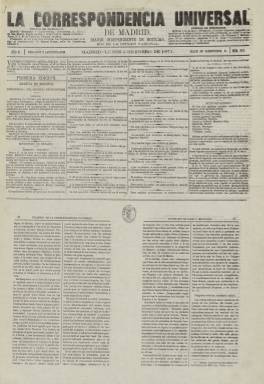
Título: La Correspondencia universal de Madrid
Colección: Periódicos
Ámbito geográfico: Madrid
Lugar de publicación: Madrid
Fechas: 02/01/1871-14/02/1871

Es continuación de La Correspondencia universal, que, a su vez, lo fue de La Correspondencia, diario que publicó su primera entrega el 18 de abril de 1870, y cuyos tres títulos que adopta continúan la secuencia numérica. En este caso, comienza su segundo año de edición, con el número 253, correspondiente al dos de enero de 1871. Sigue siendo un periódico de cuatro páginas, compuesto a cinco columnas, y estampado en imprenta propia, del que se desconocen su editor, director o redactores, y cuya variación en la cabecera es obligada por la confusión creada con La Correspondencia de España (1859-1925), el periódico madrileño de mayor tirada, en torno a 50.000 ejemplares al día, con el que también mantiene una similitud en la estructura formal y en sus secciones, siendo ambos diarios de carácter noticioso.

Si en 1870, La Correspondencia universal se valía de autoproclamarse “diario independiente”, frente al “partidismo” de La Correspondencia de España a favor del duque de Montpensier como candidato a la Corona de España, en 1871 esta disyuntiva desaparece, ya que comienza el reinado de Amadeo de Saboya, aunque la primera había acordado formar un frente periodístico para “combatir” al monarca con otros 28 periódicos madrileños, en el que no se encontraba la segunda.

La Correspondencia universal de Madrid, con el subtítulo “diario independiente de noticias” añade a su cabecera la leyenda “eco de la opinión nacional”. En su sección Boletín diario da cabida a su artículo de fondo o editorial y sus noticias van casi siempre acompañadas de algún breve comentario, apareciendo cada vez más las de ámbito extranjero.

Sigue publicando un folletín literario en los faldones de sus dos primeras páginas, y sus secciones de Parte oficial, Parte telegráfico, Cortes, Boletín religioso, Bolsa de Madrid, Espectáculos y las de Primera edición, Segunda edición y Tercera edición, además de insertar la lista de la lotería y dedicar su última y cuarta plana a la Sección de anuncios comerciales, que prácticamente la ocupan completa.

Según la recaudación por derechos del timbre de periódicos en el mes de noviembre de 1870, La Correspondencia universal ocupaba el décimo lugar (619,75 pesetas) frente a La Correspondencia de España, que ocupaba el primer puesto (6.600 pesetas), de un total de 56 periódicos madrileños, lo que puede dar una idea de la diferencia en la tirada entre uno y otro diario.

El último número de la colección es el 293, correspondiente al 14 de febrero de ese mismo 1871, desconociéndose los motivos del cese en su publicación de este diario de apenas un año de vida. Un suplemento del día quince indica que la empresa periodística –que seguía manteniendo la propiedad de la imprenta, que estaba a cargo de Teodoro Pita– se había unido a otra, y que desde el día 16 se “servirá a nuestros suscriptores el diario importantísimo de noticias, que viene a reemplazar” a La Correspondencia universal de Madrid, sin conocerse a qué título pueda corresponder.

Los tres títulos de La Correspondencia forman parte de la Hemeroteca Digital de la Biblioteca Nacional de España.